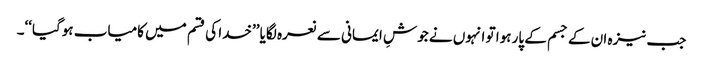
جب نیزہ ان کے جسم کے پار ہوا تو انہوں نے جوشِ ایمانی سے نعرہ لگایا ’’خدا کی قسم میں کامیاب ہوگیا‘‘۔